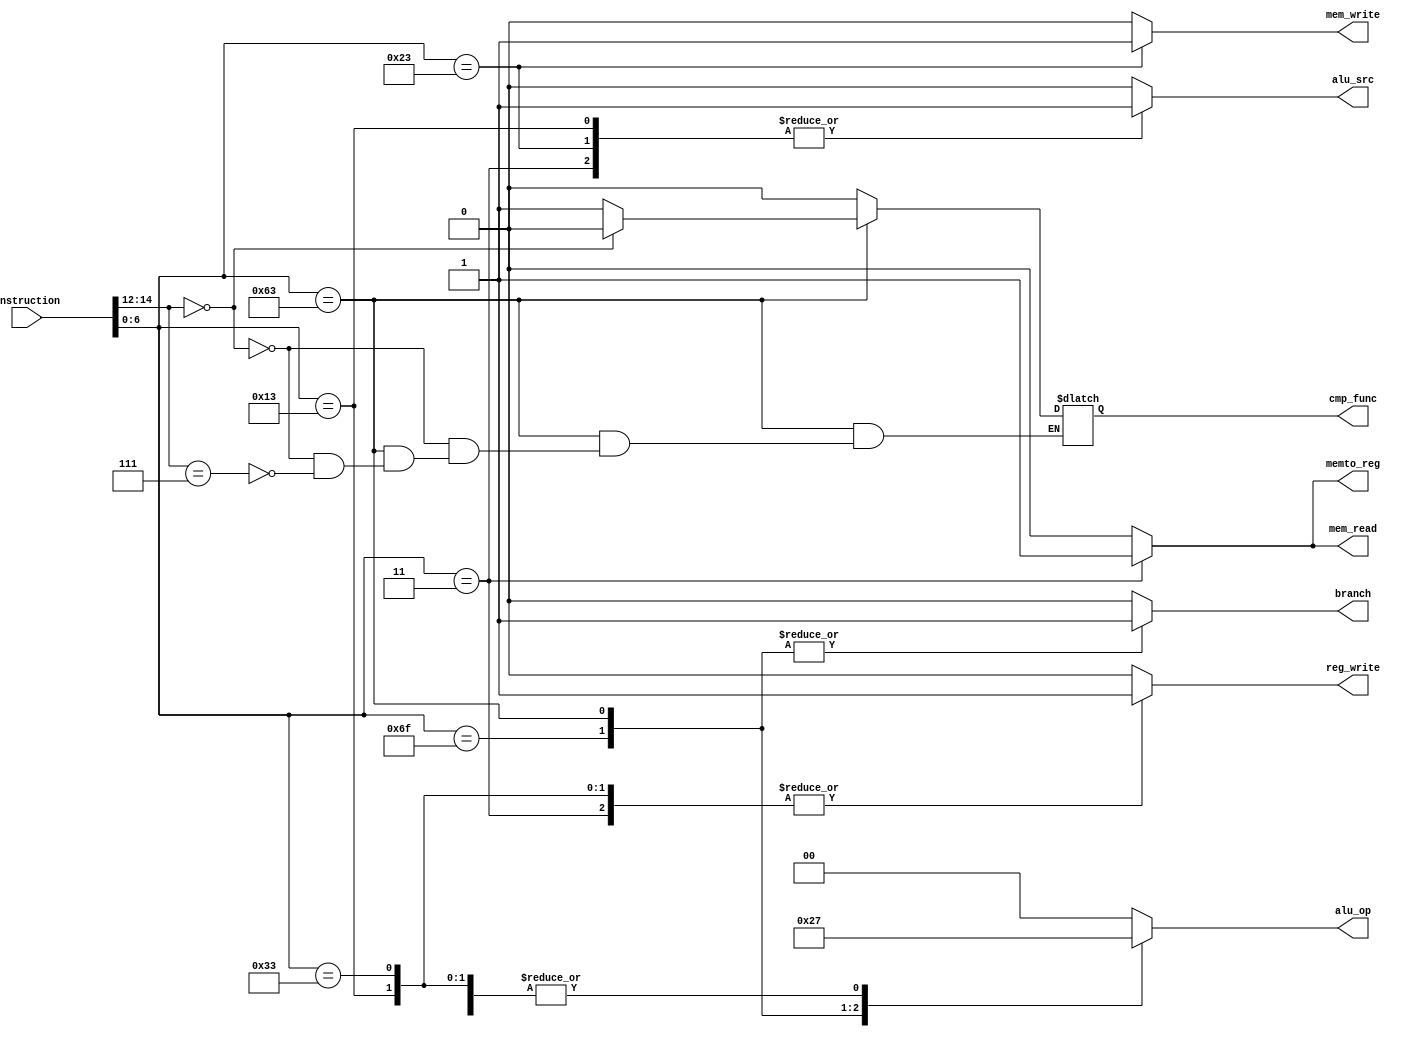
`timescale 1ns / 1ps
//////////////////////////////////////////////////////////////////////////////////
// Company: USTC
// Engineer: 
// 
// Design Name: 
// Module Name: control
// Project Name: 
// Target Devices: 
// Tool Versions: 
// Description: CPU
// 
// Dependencies: 
// 
// Revision:
// Revision 0.01 - File Created
// Additional Comments:
// 
//////////////////////////////////////////////////////////////////////////////////


module control(
input [31:0]instruction,
output reg branch,mem_read,memto_reg,mem_write,alu_src,reg_write,
output reg[1:0] alu_op,output reg cmp_func
    );
    parameter JAL = 7'b1101111,BEQ=7'b1100011,LW=7'b0000011,SW=7'b0100011,ADDI=7'b0010011,ADD=7'b0110011;
    parameter CMP=1,ZERO_OUT=2,PLUS=3;
    
    always @(*) begin
        case(instruction[6:0])
        JAL:begin
        branch=1;
        mem_read=0;
        memto_reg=0;
        mem_write=0;
        alu_src=0;
        reg_write=0;
        alu_op=ZERO_OUT;
        cmp_func=0;
        end
        BEQ:begin
        branch=1;
        mem_read=0;
        memto_reg=0;
        mem_write=0;
        alu_src=0;
        reg_write=0;
        alu_op=CMP;
        if(instruction[14:12]==3'b000)
        cmp_func=0;
        else if(instruction[14:12]==3'b111)
        cmp_func=1;
        end
        LW:begin
        branch=0;
        mem_read=1;
        memto_reg=1;
        mem_write=0;
        alu_src=1;
        reg_write=1;
        alu_op=PLUS;
        cmp_func=0;
        end
        SW:begin
        branch=0;
        mem_read=0;
        memto_reg=0;
        mem_write=1;
        alu_src=1;
        reg_write=0;
        alu_op=PLUS;
        cmp_func=0;
        end
        ADDI:begin
        branch=0;
        mem_read=0;
        memto_reg=0;
        mem_write=0;
        alu_src=1;
        reg_write=1;
        alu_op=PLUS;
        cmp_func=0;
        end
        ADD:begin
        branch=0;
        mem_read=0;
        memto_reg=0;
        mem_write=0;
        alu_src=0;
        reg_write=1;
        alu_op=PLUS;
        cmp_func=0;
        end
        default:begin
        branch=0;
        mem_read=0;
        memto_reg=0;
        mem_write=0;
        alu_src=0;
        reg_write=0;
        alu_op=0;
        cmp_func=0;
        end
        endcase
    end
endmodule